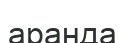
аранда